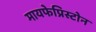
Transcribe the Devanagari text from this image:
मायफेप्रिस्टोन